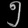
Digit: ၅